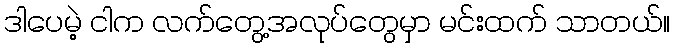
ဒါပေမဲ့ ငါက လက်တွေ့အလုပ်တွေမှာ မင်းထက် သာတယ်။